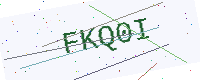
Text: FKQ0I